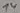
Text: 14